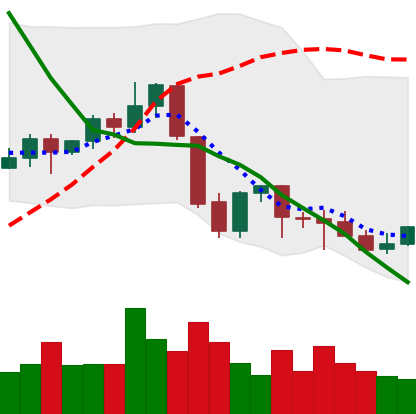
Ticker: EOS-USD
Chart end date: 2021-09-30
Forward return: 20.378%
Label: up_7plus